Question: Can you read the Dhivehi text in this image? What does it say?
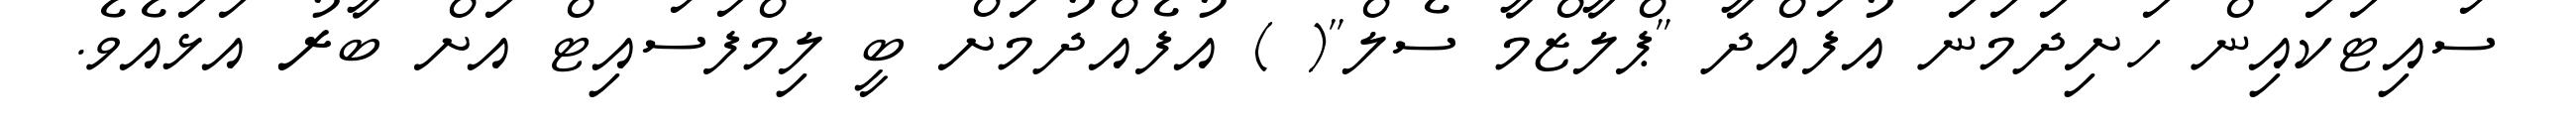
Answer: ސައިޓަކައިން ހަށިދަމަނަ އުފައްދާ ''ޕްލާޒްމާ ސެލް''( ) އުފެއްދުމަށް ބީ ލިމްފަސައިޓް އަށް ބާރު އަޅައެވެ.